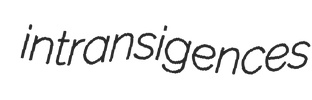
intransigences